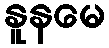
နူနမေ